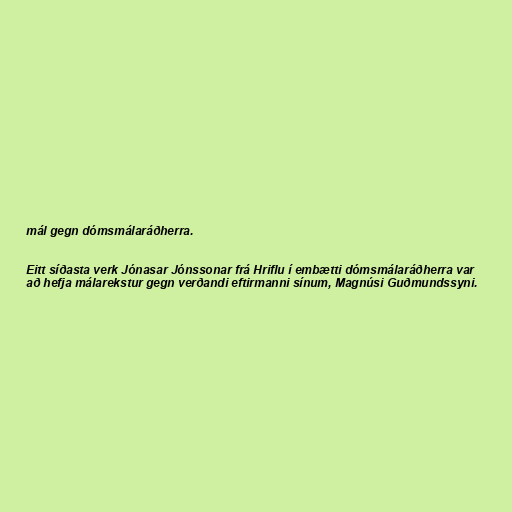
mál gegn dómsmálaráðherra.

Eitt síðasta verk Jónasar Jónssonar frá Hriflu í embætti dómsmálaráðherra var
að hefja málarekstur gegn verðandi eftirmanni sínum, Magnúsi Guðmundssyni.